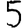
Digit: 5